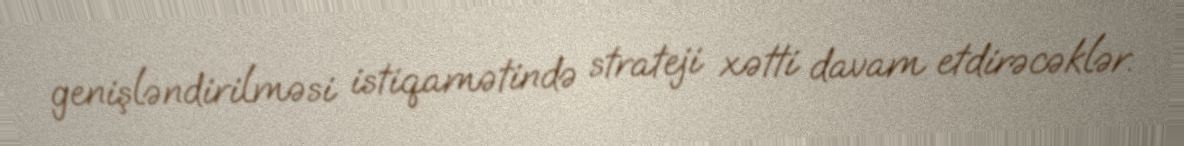
genişləndirilməsi istiqamətində strateji xətti davam etdirəcəklər.